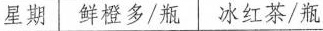
星期 鲜橙多/瓶 冰红茶/瓶